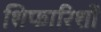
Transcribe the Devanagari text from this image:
शिफारिशों